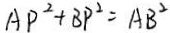
A P ^ { 2 } + B P ^ { 2 } = A B ^ { 2 }